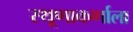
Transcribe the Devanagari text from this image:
स्थूणाकर्णाला